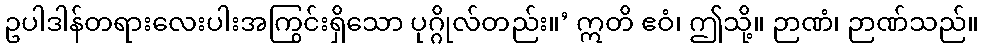
ဥပါဒါန်တရားလေးပါးအကြွင်းရှိသော ပုဂ္ဂိုလ်တည်း။’ ဣတိ ဧဝံ၊ ဤသို့။ ဉာဏံ၊ ဉာဏ်သည်။